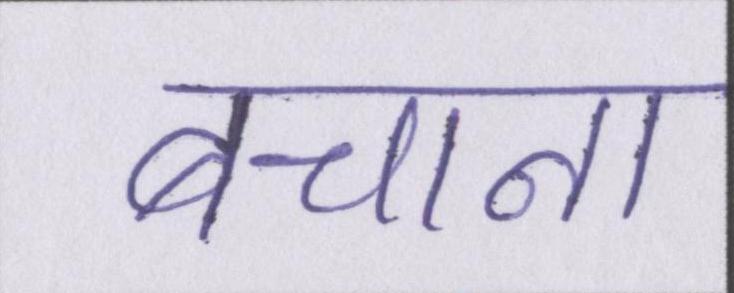
बचाना